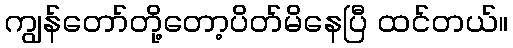
ကျွန်တော်တို့တော့ပိတ်မိနေပြီ ထင်တယ်။